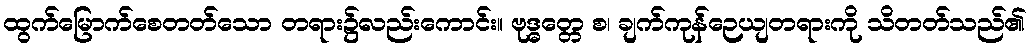
ထွက်မြောက်စေတတ်သော တရား၌လည်းကောင်း။ ဗုဒ္ဓတ္တေ စ၊ ချက်ကုန်ဉေယျတရားကို သိတတ်သည်၏